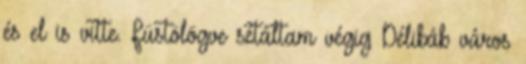
és el is vitte. Füstölögve sétáltam végig Délibáb város